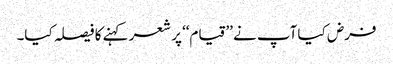
فرض کیا آپ نے ’’قیام‘‘ پر شعر کہنے کا فیصلہ کیا۔